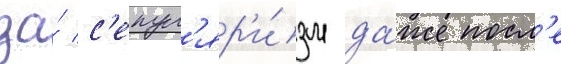
за́ с'екул'яр'и́зм да́же посл'е